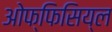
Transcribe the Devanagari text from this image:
ओफ्फिसिय्ल